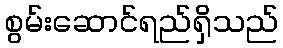
စွမ်းဆောင်ရည်ရှိသည်